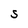
Character: S